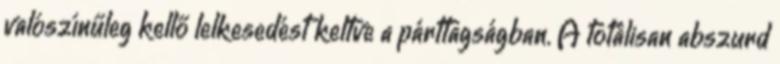
valószínűleg kellő lelkesedést keltve a párttagságban. A totálisan abszurd